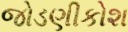
જોડણીકોશ